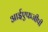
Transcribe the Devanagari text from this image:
आईएफजीपी